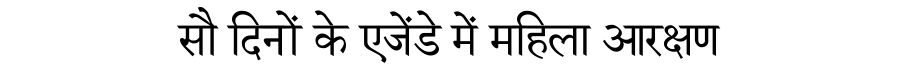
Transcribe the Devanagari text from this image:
सौ दिनों के एजेंडे में महिला आरक्षण